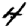
Digit: 4